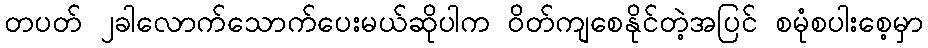
တပတ် ၂ခါလောက်သောက်ပေးမယ်ဆိုပါက ဝိတ်ကျစေနိုင်တဲ့အပြင် စမုံစပါးစေ့မှာ